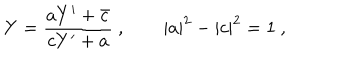
LaTeX: Y = { \frac { a Y ^ { \prime } + \bar { c } } { c Y ^ { \prime } + a } } \ , \qquad | a | ^ { 2 } - | c | ^ { 2 } = 1 \ ,